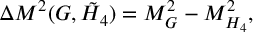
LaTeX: \Delta M ^ { 2 } ( G , \tilde { H } _ { 4 } ) = M _ { G } ^ { 2 } - M _ { H _ { 4 } } ^ { 2 } ,